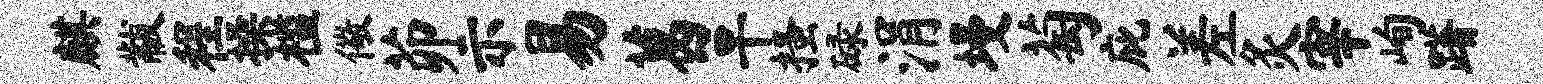
麒黻程操槛儆茆示易葛旱搔碌涓墁萄庇差灸宰峋躇